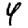
Digit: 4